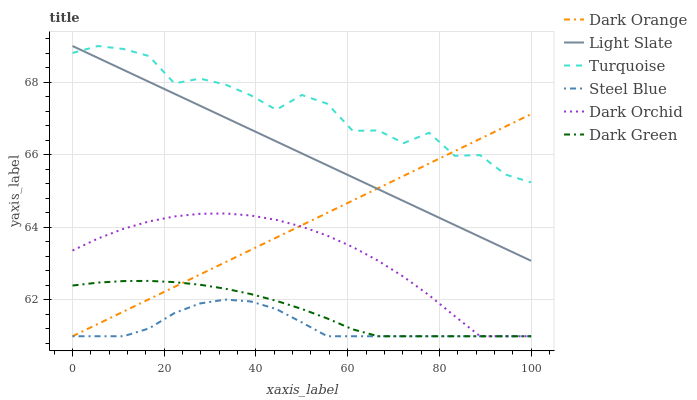
| xaxis_label | Dark Orange | Light Slate | Turquoise | Steel Blue | Dark Orchid | Dark Green |
 | --- | --- | --- | --- | --- | --- | --- |
 | 0 | 61 | 69 | 68.8 | 61 | 63.4 | 62.4 |
 | 5.56 | 61.3 | 68.7 | 69 | 61 | 63.7 | 62.5 |
 | 11.1 | 61.7 | 68.3 | 68.9 | 61 | 64 | 62.5 |
 | 16.7 | 62 | 68 | 68.7 | 61.2 | 64.2 | 62.5 |
 | 22.2 | 62.4 | 67.7 | 68 | 61.6 | 64.3 | 62.5 |
 | 27.8 | 62.7 | 67.4 | 68.1 | 61.9 | 64.4 | 62.4 |
 | 33.3 | 63 | 67 | 67.9 | 62 | 64.4 | 62.3 |
 | 38.9 | 63.4 | 66.7 | 67.6 | 62 | 64.3 | 62.2 |
 | 44.4 | 63.7 | 66.4 | 67.2 | 61.7 | 64.2 | 62 |
 | 50 | 64.1 | 66 | 67.6 | 61.4 | 64 | 61.8 |
 | 55.6 | 64.4 | 65.7 | 67.4 | 61 | 63.8 | 61.5 |
 | 61.1 | 64.7 | 65.4 | 66.7 | 61 | 63.5 | 61.2 |
 | 66.7 | 65.1 | 65.1 | 66.7 | 61 | 63.1 | 61 |
 | 72.2 | 65.4 | 64.7 | 66.3 | 61 | 62.6 | 61 |
 | 77.8 | 65.8 | 64.4 | 66.6 | 61 | 62.1 | 61 |
 | 83.3 | 66.1 | 64.1 | 66 | 61 | 61.6 | 61 |
 | 88.9 | 66.4 | 63.7 | 66 | 61 | 61 | 61 |
 | 94.4 | 66.8 | 63.4 | 65.5 | 61 | 61 | 61 |
 | 100 | 67.1 | 63.1 | 65.2 | 61 | 61 | 61 |